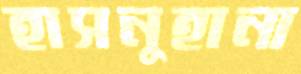
হাসনুহানা